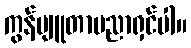
ကွန်ပျူတာပညာရှင်ပါ။